Report of the Indian Hemp Drugs Commission, 1894-1895 - Volume V
Year: 1894
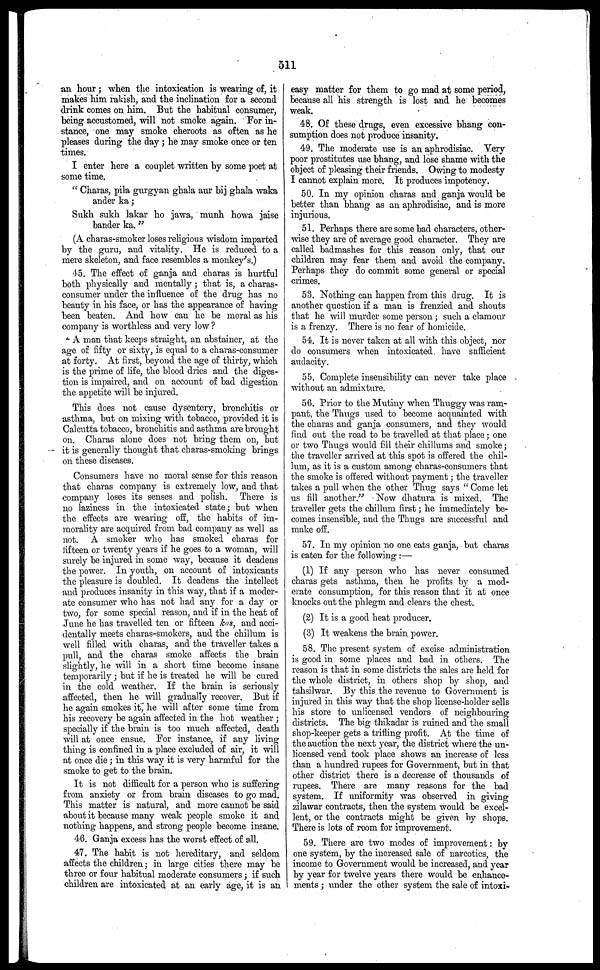
511
an hour; when the intoxication is wearing of, it
makes him rakish, and the inclination for a second
drink comes on him. But the habitual consumer,
being accustomed, will not smoke again. For in-
stance, one may smoke cheroots as often as he
pleases during the day ; he may smoke once or ten
times.
I enter here a couplet written by some poet at
some time.
" Charas, pila gurgyan ghala aur bij ghala waka
ander ka;
Sukh sukh lakar ho jawa, munh howa jaise
bander ka."
(A charas-smoker loses religious wisdom imparted
by the guru, and vitality. He is reduced to a
mere skeleton, and face resembles a monkey's.)
45. The effect of ganja and charas is hurtful
both physically and mentally; that is, a charas-
consumer under the influence of the drug has no
beauty in his face, or has the appearance of having
been beaten. And how can he be moral as his
company is worthless and very low?
A man that keeps straight, an abstainer, at the
age of fifty or sixty, is equal to a charas-consumer
at forty. At first, beyond the age of thirty, which
is the prime of life, the blood dries and the diges-
tion is impaired, and on account of bad digestion
the appetite will be injured.
This dees not cause dysentery, bronchitis or
asthma, but on mixing with tobacco, provided it is
Calcutta tobacco, bronchitis and asthma are brought
on. Charas alone docs not bring them on, but
it is generally thought that charas-smoking brings
on these diseases.
Consumers have no moral sense for this reason
that charas company is extremely low, and that
company loses its senses and polish. There is
no laziness in the intoxicated state; but when
the effects are wearing off, the habits of im-
morality are acquired from bad company as well as
not. A smoker who has smoked charas for
fifteen or twenty years if he goes to a woman, will
surely be injured in some way, because it deadens
the power. In youth, on account of intoxicants
the pleasure is doubled. It deadens the intellect
and produces insanity in this way, that if a moder-
ate consumer who has not had any for a day or
two, for some special reason, and if in the heat of
June he has travelled ten or fifteen kos, and acci-
dentally meets charas-smokers, and the chillum is
well filled with charas, and the traveller takes a
pull, and the charas smoke affects the brain
slightly, he will in a short time become insane
temporarily ; but if he is treated he will be cured
in the cold weather. If the brain is seriously
affected, then he will gradually recover. But if
he again smokes it, he will after some time from
his recovery be again affected in the hot weather ;
specially if the brain is too much affected, death
will at once ensue. For instance, if any living
thing is confined in a place excluded of air, it will
at once die ; in this way it is very harmful for the
smoke to get to the brain.
It is not difficult for a person who is suffering
from anxiety or from brain diseases to go mad.
This matter is natural, and more cannot be said
about it because many weak people smoke it and
nothing happens, and strong people become insane.
46. Ganja excess has the worst effect of all.
47. The habit is not hereditary, and seldom
affects the children; in large cities there may be
three or four habitual moderate consumers; if such
children are intoxicated at an early age, it is an
easy matter for them to go mad at some period,
because all his strength is lost and he becomes
weak.
48. Of these drugs, even excessive bhang con-
sumption does not produce insanity.
49. The moderate use is an aphrodisiac. Very
poor prostitutes use bhang, and lose shame with the
object of pleasing their friends. Owning to modesty
I cannot explain more. It produces impotency.
50. In my opinion charas and ganja would be
better than bhang as an aphrodisiac, and is more
injurious.
51. Perhaps there are some bad characters, other-
wise they are of average good character. They are
called badmashes for this reason only, that our
children may fear them and avoid the company.
Perhaps they do commit some general or special
crimes.
53. Nothing can happen from this drug. It is
another question if a man is frenzied and shouts
that he will murder seme person ; such a clamour
is a frenzy. There is no fear of homicide.
54. It is never taken at all with this object, nor
do consumers when intoxicated have sufficient
audacity.
55. Complete insensibility can never take place
without an admixture.
56. Prior to the Mutiny when Thuggy was ram-
pant, the Thugs used to become acquainted with
the charas and ganja consumers, and they would
find out the road to be travelled at that place; one
or two Thugs would fill their chillums and smoke;
the traveller arrived at this spot is offered the chil-
lum, as it is a custom among charas-consumers that
the smoke is offered without payment; the traveller
takes a pull when the other Thug says " Come let
us fill another." Now dhatura is mixed. The
traveller gets the chillum first; he immediately be-
comes insensible, and the Thugs are successful and
make off.
57. In my opinion no one eats ganja, but charas
is eaten for the following-:—
(1) If any person who has never consumed
charas gets asthma, then he profits by a mod-
erate consumption, for this reason that it at once
knocks out the phlegm and clears the chest.
(2) It is a good heat producer.
(3) It weakens the brain power.
58. The present system of excise administration
is good in some places and bad in others. The
reason is that in some districts the sales are held for
the whole district, in others shop by shop, and
tahsilwar. By this the revenue to Government is
injured in this way that the shop license-holder sells
his store to unlicensed vendors of neighbouring
districts. The big thikadar is ruined and the small
shop-keeper gets a trifling profit. At the time of
the auction the next year, the district where the un-
licensed vend took place shows an increase of less
than a hundred rupees for Government, but in that
other district there is a decrease of thousands of
rupees. There are many reasons for the bad
system. If uniformity was observed in giving
zilawar contracts, then the system would be excel-
lent, or the contracts might be given by shops.
There is lots of room for improvement.
59. There are two modes of improvement: by
one system, by the increased sale of narcotics, the
income to Government would be increased, and year
by year for twelve years there would be enhance-
ments ; under the other system the sale of intoxi-